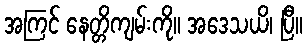
အကြင် နေတ္တိကျမ်းကို။ အဒေသယိ၊ ပြီ။